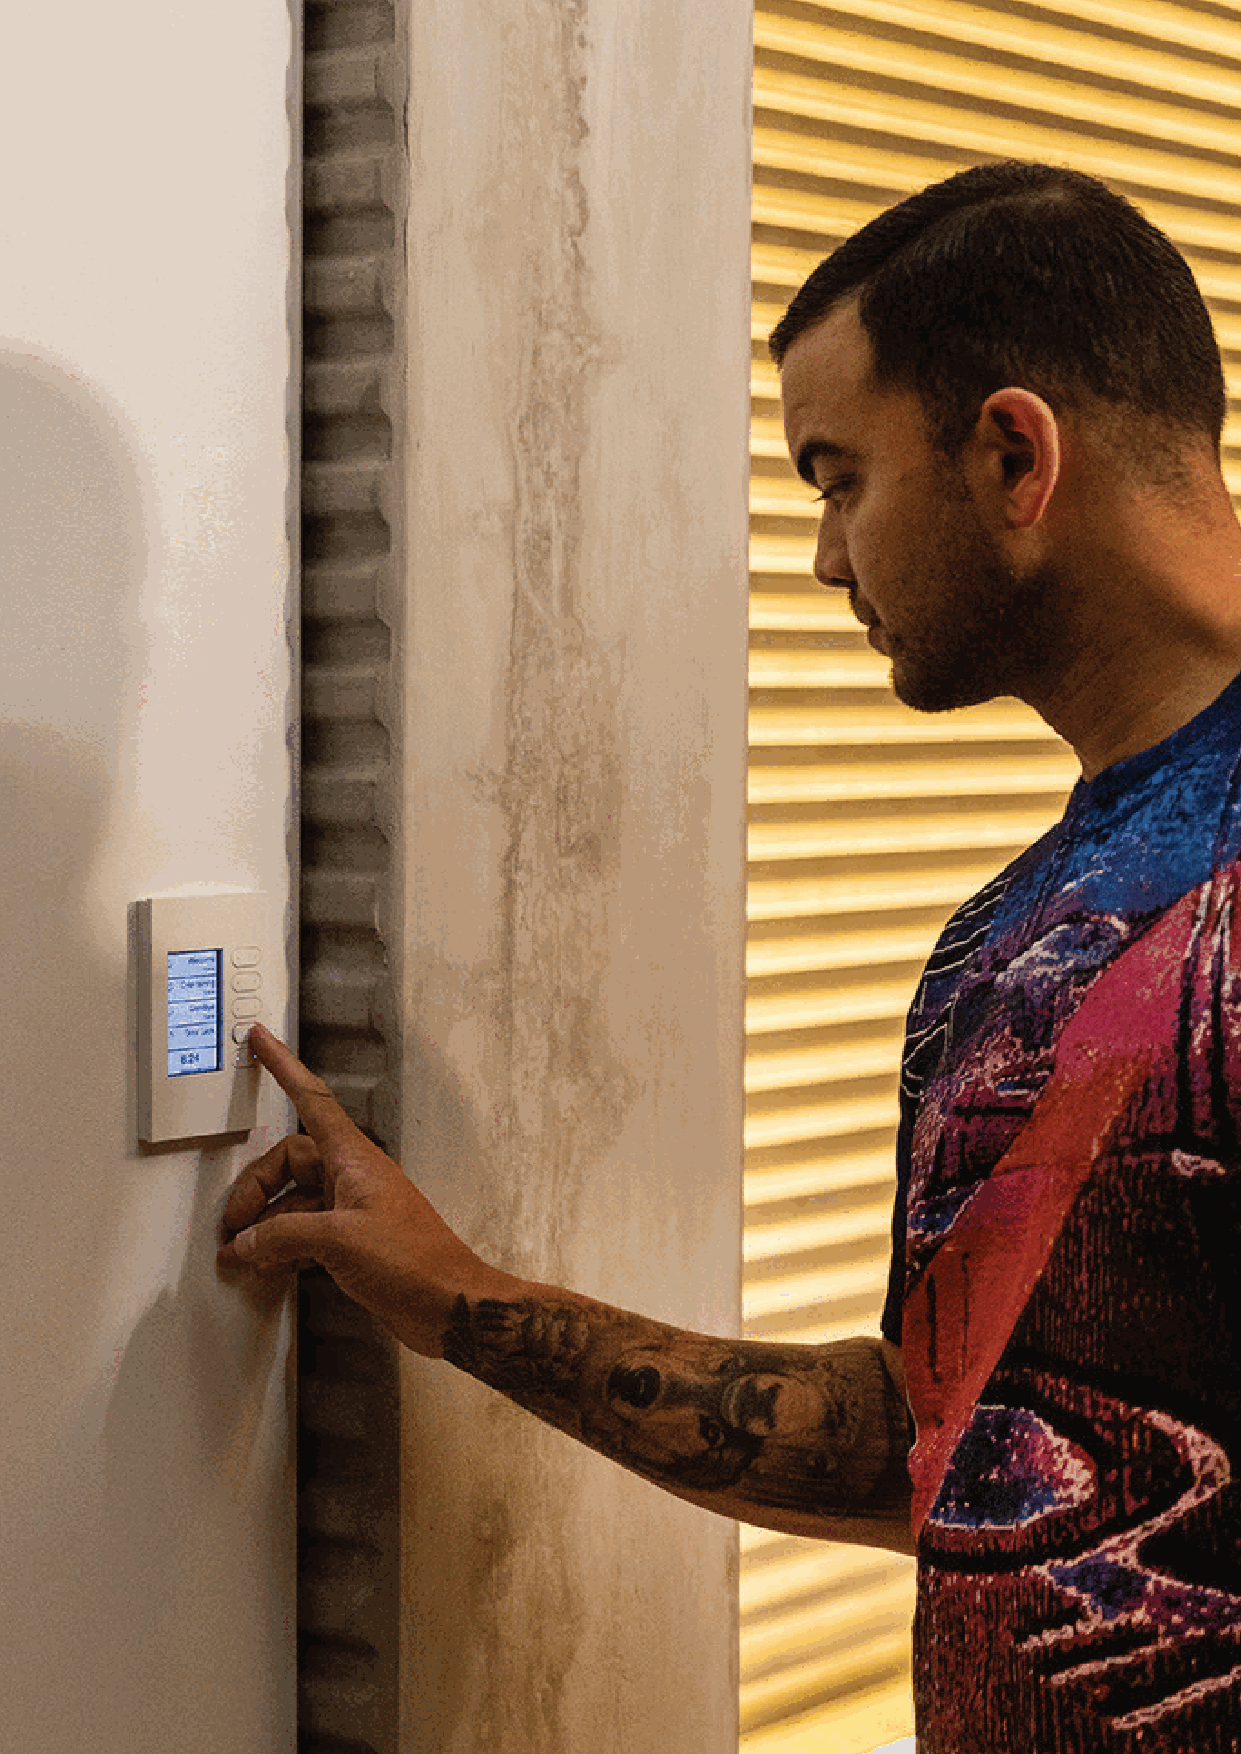
66                                                              F-27878-10
 dna
 sevlaV
 yflrettuB
 .7
 srotautcA